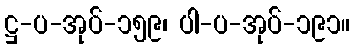
ဋ္ဌ-ပ-အုပ်-၁၅၉၊ ပါ-ပ-အုပ်-၁၉၁။